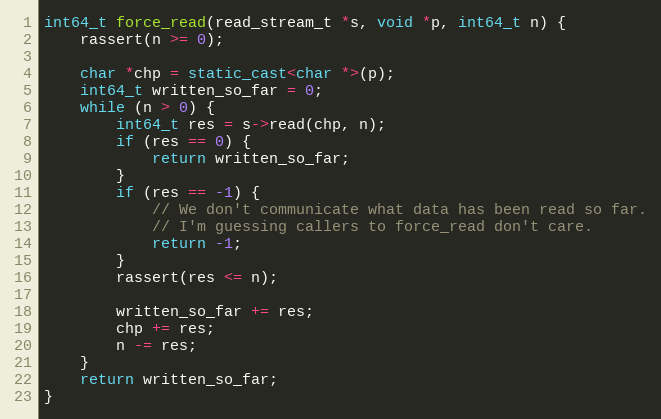
Language: C++
int64_t force_read(read_stream_t *s, void *p, int64_t n) {
    rassert(n >= 0);

    char *chp = static_cast<char *>(p);
    int64_t written_so_far = 0;
    while (n > 0) {
        int64_t res = s->read(chp, n);
        if (res == 0) {
            return written_so_far;
        }
        if (res == -1) {
            // We don't communicate what data has been read so far.
            // I'm guessing callers to force_read don't care.
            return -1;
        }
        rassert(res <= n);

        written_so_far += res;
        chp += res;
        n -= res;
    }
    return written_so_far;
}